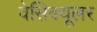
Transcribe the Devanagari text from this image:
वेसिक्यूलर